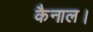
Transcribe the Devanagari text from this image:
कैनाल।